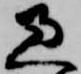
過